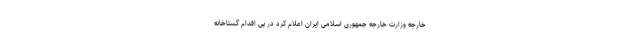
خارجه وزارت خارجه جمهوری اسلامی ایران اعلام کرد در پی اقدام گستاخانه